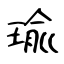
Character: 瑜